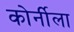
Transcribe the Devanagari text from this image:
कोर्नीला